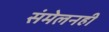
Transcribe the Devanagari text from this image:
संमेलनही